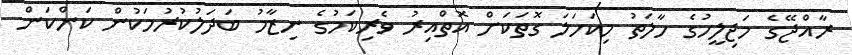
ރާއްޖޭގެ މަޖިލީހުގެ ހާލަތު މިކަހަލަ ގޮތަކަށް އޮތްއިރު ވެރިކަމުގެ ނިޒާމު ބަދަލުކުރުމަކުން ކަންކަން